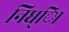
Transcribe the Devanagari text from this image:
निध्ाि